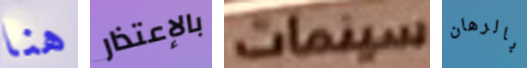
هنا بالإعتذار سينمات بالرهان